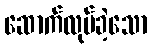
ဆောက်လုပ်ခဲ့သော